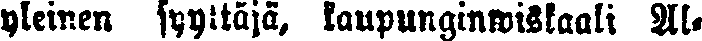
yleinen syyttäjä, kaupunginwiskaali Al-